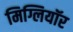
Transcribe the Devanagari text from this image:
मिग्लियॉर